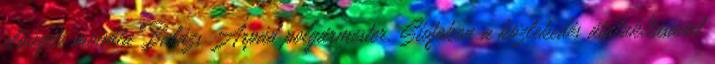
elősegíti mondta Balázs Árpád polgármester. Siófokon a közlekedés átalakításával